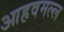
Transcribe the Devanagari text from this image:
आहवमल्ल